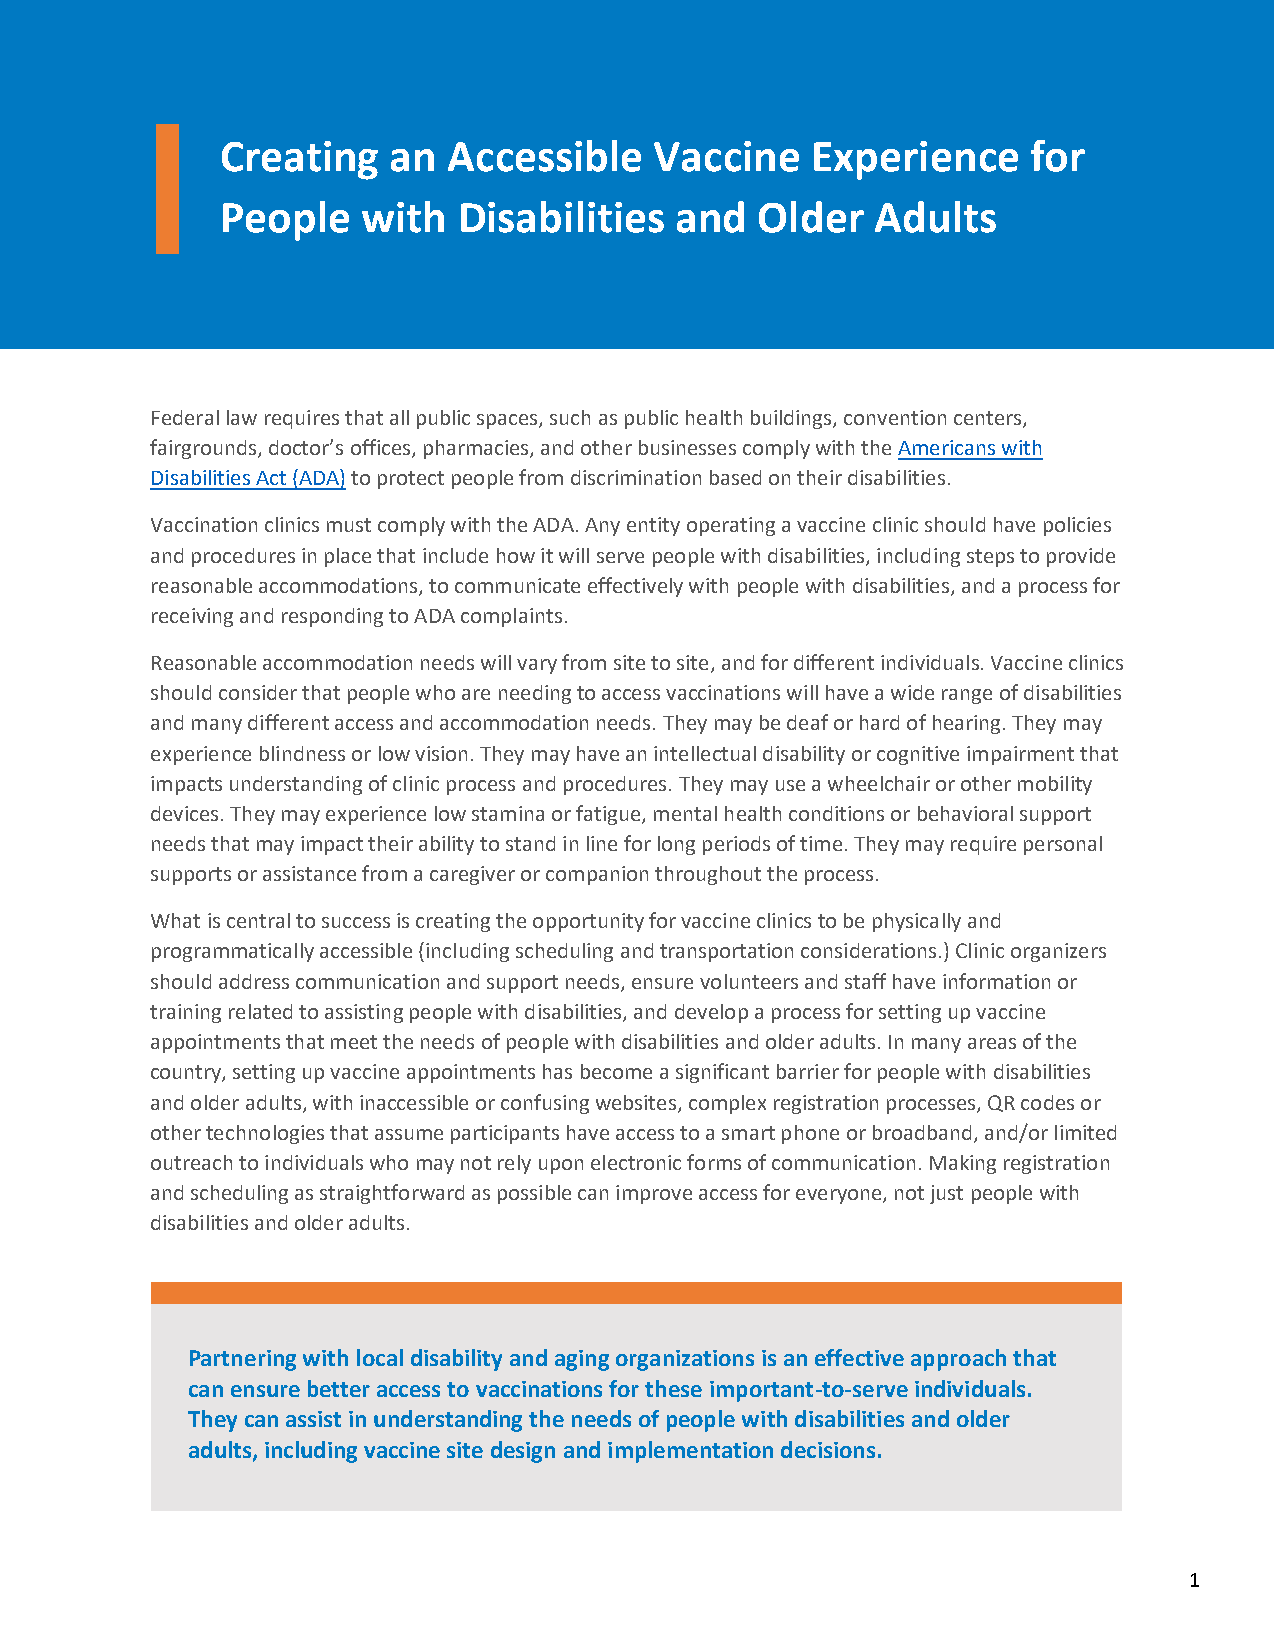
Creating   an  Accessible   Vaccine    Experience    for
 People   with  Disabilities   and  Older   Adults
 Federal law requires that all public spaces, such as public health buildings, convention centers,
 fairgrounds, doctor’s offices, pharmacies, and other businesses comply with the Americans with
 Disabilities Act (ADA) to protect people from discrimination based on their disabilities.
 Vaccination clinics must comply with the ADA. Any entity operating a vaccine clinic should have policies
 and procedures in place that include how it will serve people with disabilities, including steps to provide
 reasonable accommodations, to communicate effectively with people with disabilities, and a process for
 receiving and responding to ADA complaints.
 Reasonable accommodation needs will vary from site to site, and for different individuals. Vaccine clinics
 should consider that people who are needing to access vaccinations will have a wide range of disabilities
 and many different access and accommodation needs. They may be deaf or hard of hearing. They may
 experience blindness or low vision. They may have an intellectual disability or cognitive impairment that
 impacts understanding of clinic process and procedures. They may use a wheelchair or other mobility
 devices. They may experience low stamina or fatigue, mental health conditions or behavioral support
 needs that may impact their ability to stand in line for long periods of time. They may require personal
 supports or assistance from a caregiver or companion throughout the process.
 What is central to success is creating the opportunity for vaccine clinics to be physically and
 programmatically accessible (including scheduling and transportation considerations.) Clinic organizers
 should address communication and support needs, ensure volunteers and staff have information or
 training related to assisting people with disabilities, and develop a process for setting up vaccine
 appointments that meet the needs of people with disabilities and older adults. In many areas of the
 country, setting up vaccine appointments has become a significant barrier for people with disabilities
 and older adults, with inaccessible or confusing websites, complex registration processes, QR codes or
 other technologies that assume participants have access to a smart phone or broadband, and/or limited
 outreach to individuals who may not rely upon electronic forms of communication. Making registration
 and scheduling as straightforward as possible can improve access for everyone, not just people with
 disabilities and older adults.
 Partnering with local disability and aging organizations is an effective approach that
 can ensure better access to vaccinations for these important-to-serve individuals.
 They can assist in understanding the needs of people with disabilities and older
 adults, including vaccine site design and implementation decisions.
 1